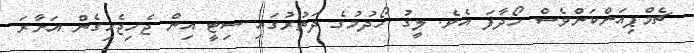
ޗެމްޕިއަންކަންވެސް ހޯދާފަ އެވެ. ލީގު ހޯދުމުގެ ދަތުރުގައި ސިޓީ އިން ޖެހިޖެހިގެން އަށާރަ